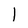
Character: l